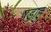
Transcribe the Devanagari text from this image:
षड़ाहु